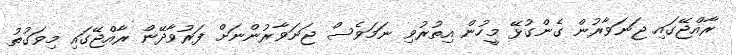
ރާއްޖޭގައި ޖަނަވާރުން ގެންގުޅޭ މީހުން އިތުރުވި ނަމަވެސް ޖަނަވާރުންނަށް ފަރުވާދޭން ރާއްޖޭގައި މިވަގުތު